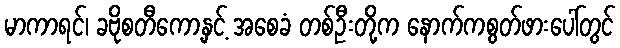
မာကာရင်၊ ခဗိုစတီကော့နှင့် အစေခံ တစ်ဦးတို့က နောက်ကစွတ်ဖားပေါ်တွင်